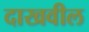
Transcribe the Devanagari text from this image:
दाखवील